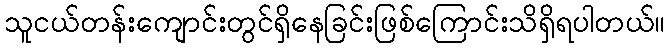
သူငယ်တန်းကျောင်းတွင်ရှိနေခြင်းဖြစ်ကြောင်းသိရှိရပါတယ်။